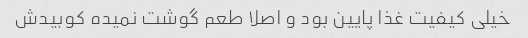
خیلی کیفیت غذا پایین بود و اصلا طعم گوشت نمیده کوبیدش